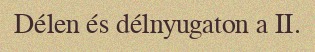
Délen és délnyugaton a II.